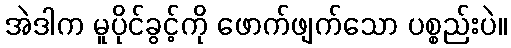
အဲဒါက မူပိုင်ခွင့်ကို ဖောက်ဖျက်သော ပစ္စည်းပဲ။